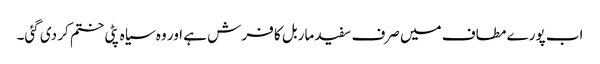
اب پورے مطاف میں صرف سفید ماربل کا فرش ہے اور وہ سیاہ پٹی ختم کر دی گئی۔